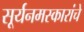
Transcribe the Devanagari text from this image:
सूर्यनमस्कारांचे